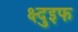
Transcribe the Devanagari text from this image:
क्ष्दुइफ